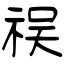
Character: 祦